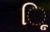
ૂિ